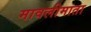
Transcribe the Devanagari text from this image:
मावलीमाता